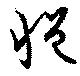
悒